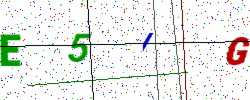
Text: E5IG